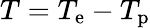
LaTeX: T=T_{\mathrm{e}}-T_{\mathrm{p}}